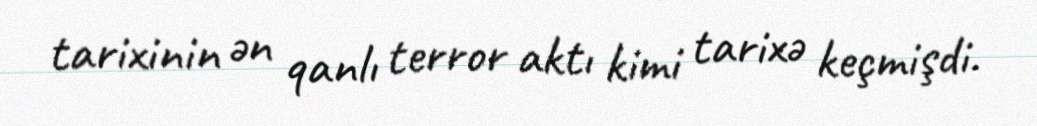
tarixinin ən qanlı terror aktı kimi tarixə keçmişdi.